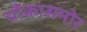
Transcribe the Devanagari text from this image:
चौकासमोर